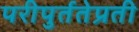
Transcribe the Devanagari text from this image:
परीपुर्ततेप्रती